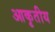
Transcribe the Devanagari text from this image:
आकृतीय